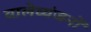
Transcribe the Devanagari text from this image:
वालेव्यंजनों